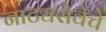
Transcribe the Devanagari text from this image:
नाट्यसेवेचे